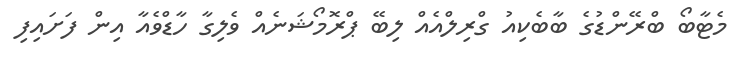
މެޓާބޯ ބްރޭންޑުގެ ބާބެކިއު ގްރިލްއެއް ލިބޭ ޕްރޮމޯޝަނެއް ވެލިގާ ހާޑްވެއާ އިން ފަށައިފި